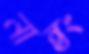
নান্তং